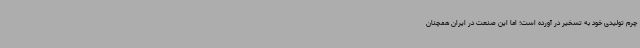
چرم تولیدی خود به تسخیر در آورده است؛ اما این صنعت در ایران همچنان